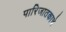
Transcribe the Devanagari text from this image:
पारिजातकाचे